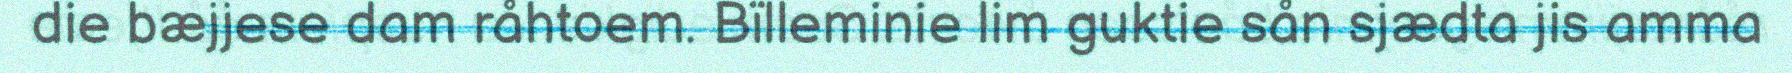
die bæjjese dam råhtoem. Bïlleminie lim guktie sån sjædta jis amma